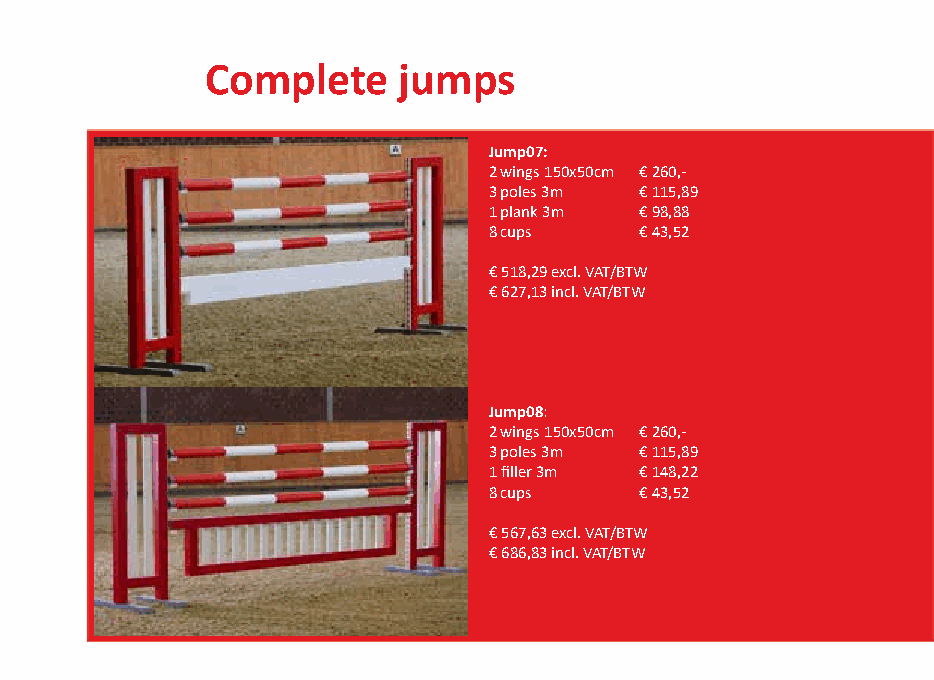
Complete    jumps
 Jump07:
 2 wings 150x50cm € 260,-
 3 poles 3m € 115,89
 1 plank 3m € 98,88
 8 cups    € 43,52
 € 518,29 excl. VAT/BTW
 € 627,13 incl. VAT/BTW
 Jump08:
 2 wings 150x50cm € 260,-
 3 poles 3m € 115,89
 1 filler 3m € 148,22
 8 cups    € 43,52
 € 567,63 excl. VAT/BTW
 € 686,83 incl. VAT/BTW